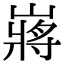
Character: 嶈